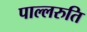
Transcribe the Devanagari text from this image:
पाल्लरुति